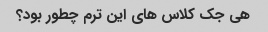
هی جک کلاس های این ترم چطور بود؟